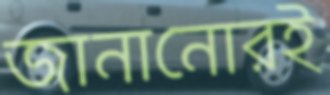
জানানোরই